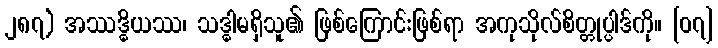
၂၈၇) အဿဒ္ဓိယဿ၊ သဒ္ဓါမရှိသူ၏ ဖြစ်ကြောင်းဖြစ်ရာ အကုသိုလ်စိတ္တုပ္ပါဒ်ကို။ [၀၇]